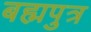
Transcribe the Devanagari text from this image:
बह्मपुत्र